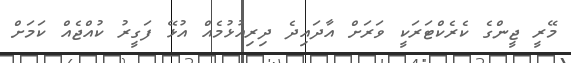
މޭރީ ޖީންގެ ކެރެކްޓަރަކީ ވަރަށް އާދައިދެ ދިރިއުޅުމެއް އުޅޭ ފަގީރު ކުއްޖެއް ކަމަށް